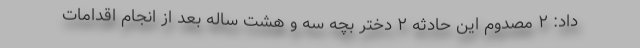
داد: ۲ مصدوم این حادثه ۲ دختر بچه سه و هشت ساله بعد از انجام اقدامات